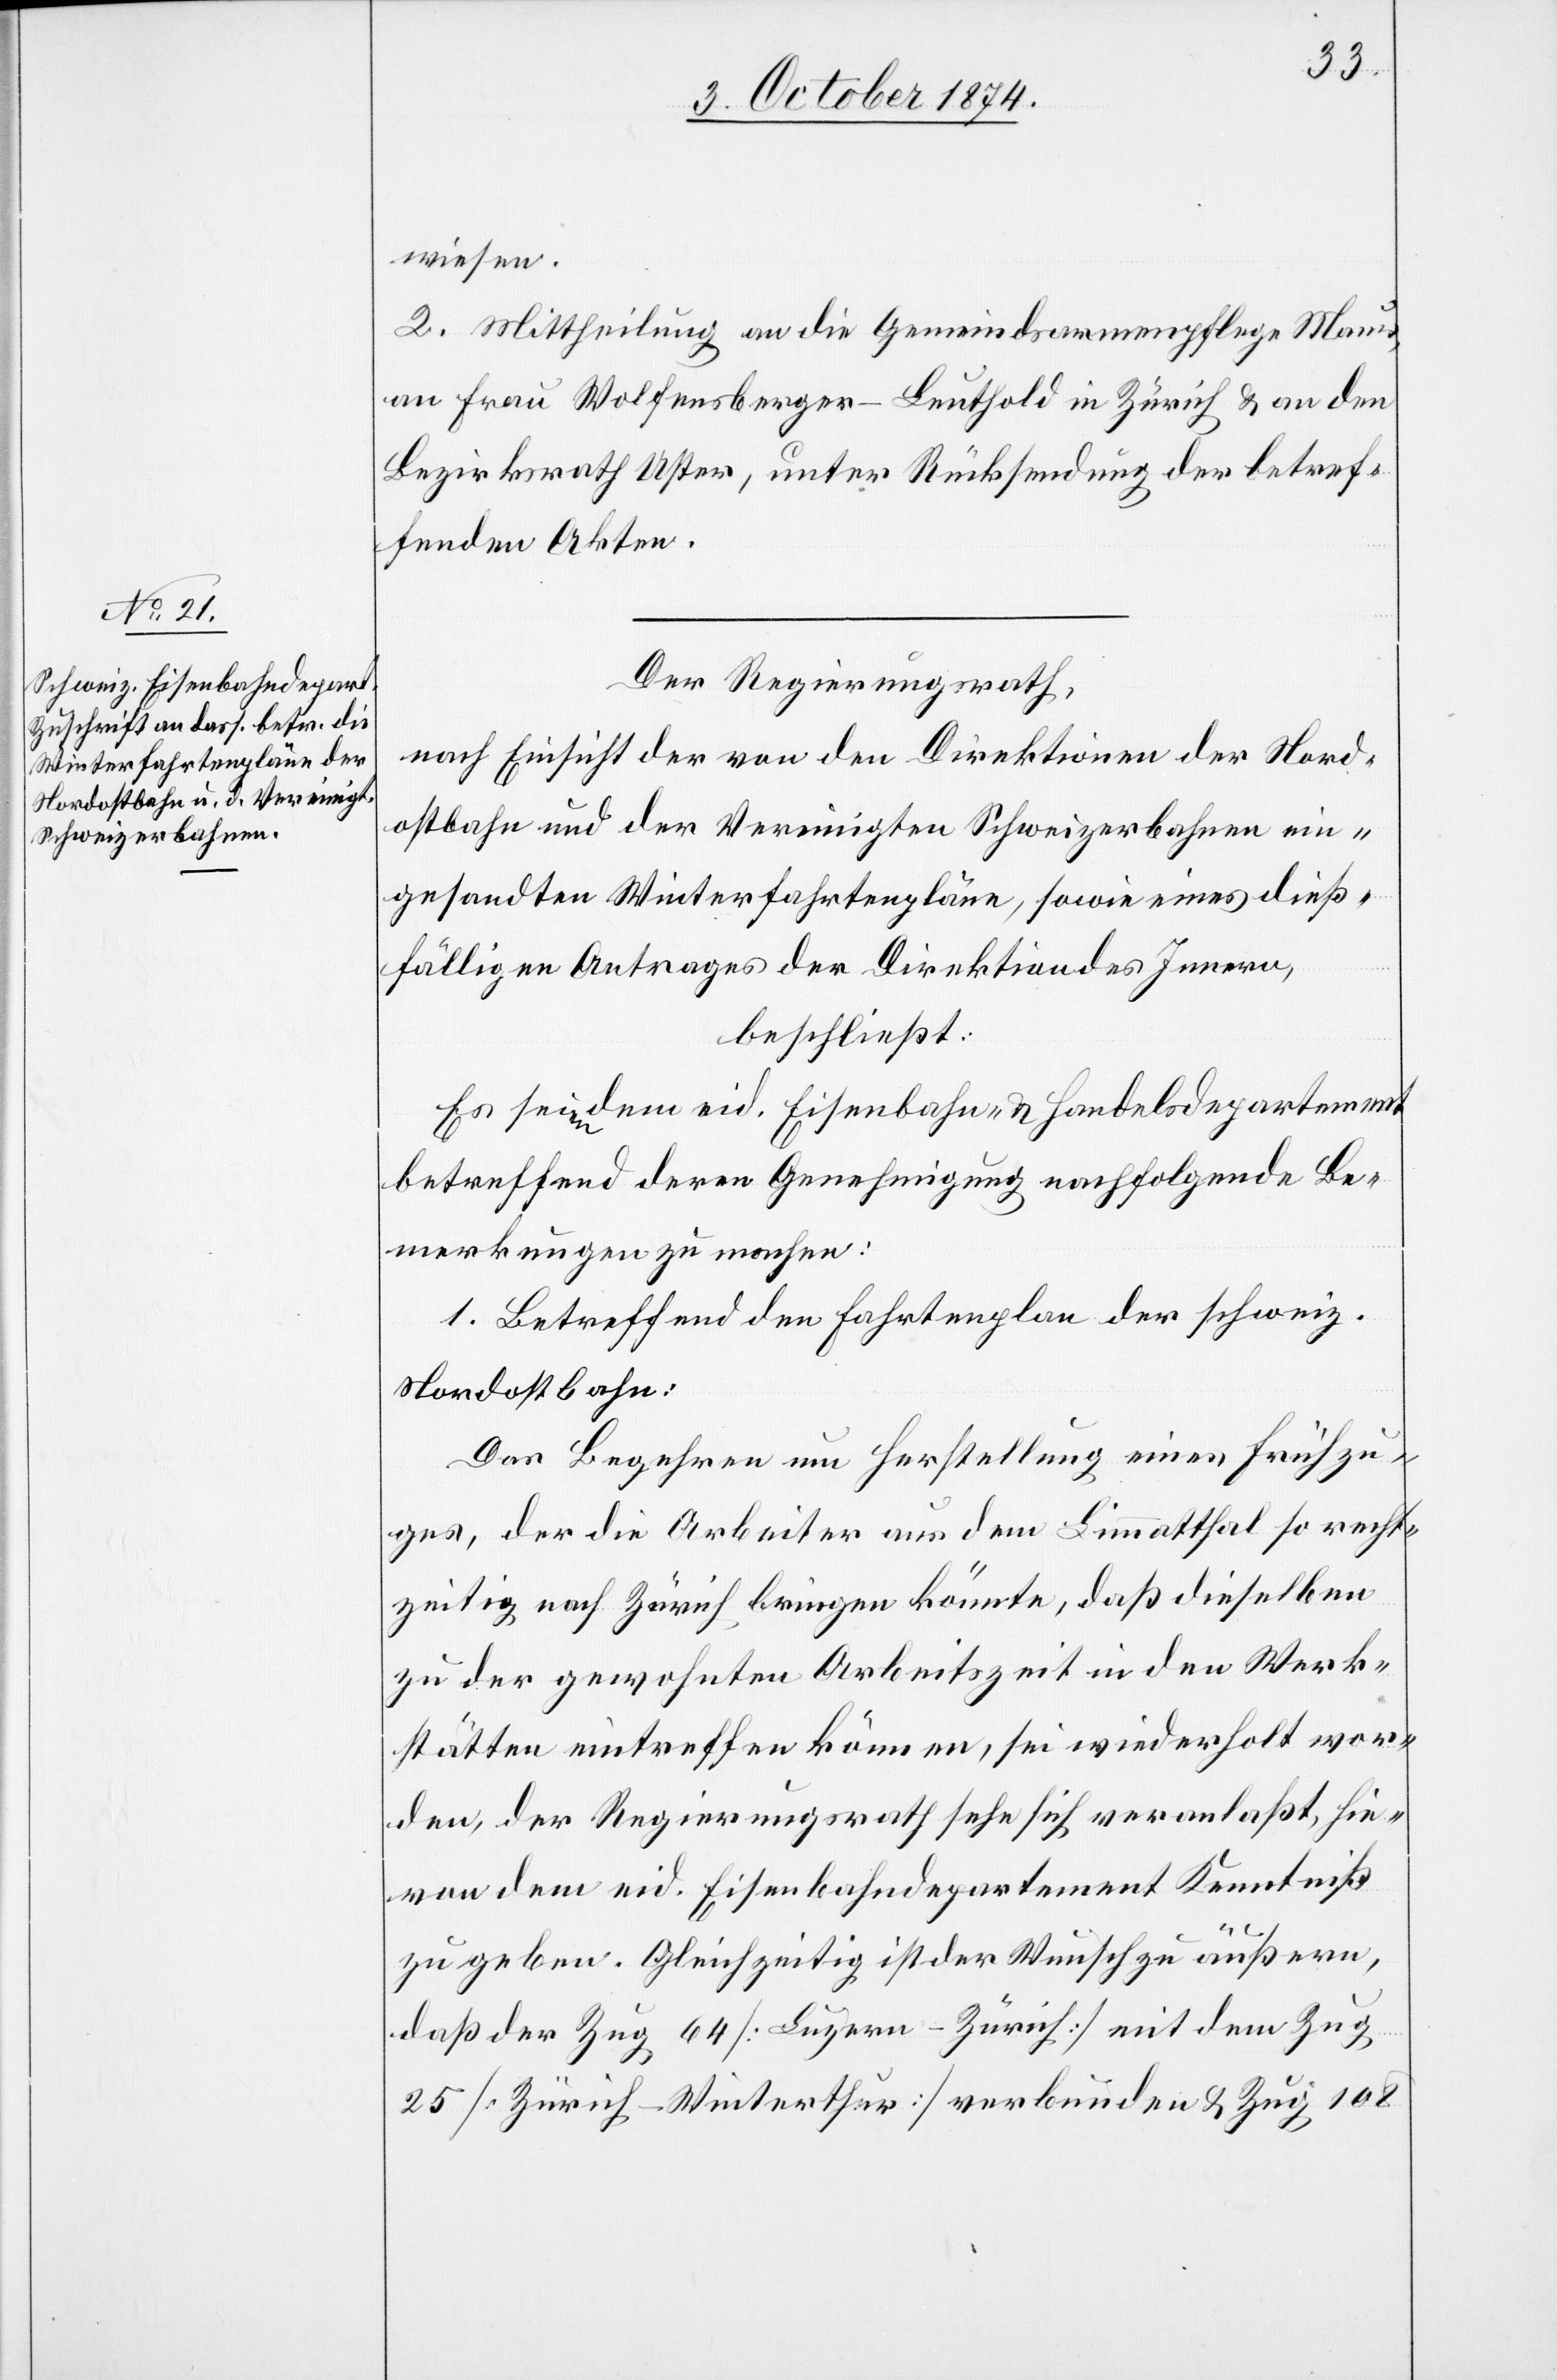
Der Regierungsrath,
nach Einsicht der von den Direktionen der Nord¬
ostbahn und der Vereinigten Schweizerbahnen ein¬
gesandten Winterfahrtenpläne, sowie eines dieß¬
fälligen Antrages der Direktion des Innern,
beschließt:
Es seien dem eid. Eisenbahn- & Handelsdepartement
betreffend deren Genehmigung nachfolgende Be¬
merkungen zu machen:
1. Betreffend den Fahrtenplan der schweiz.
Nordostbahn:
Das Begehren um Herstellung eines Frühzu¬
ges, der die Arbeiter aus dem Limmatthal so recht¬
zeitig nach Zürich bringen könnte, daß dieselben
zu der gewohnten Arbeitszeit in den Werk¬
stätten eintreffen können, sei wiederholt wor¬
den, der Regierungsrath sehe sich veranlaßt, hie¬
von dem eid. Eisenbahndepartement Kenntniß
zu geben. Gleichzeitig ist der Wunsch zu äußern,
daß der Zug 64 [Luzern–Zürich] mit dem Zug
25 [Zürich–Winterthur] verbunden & Zug 108